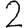
Digit: 2